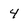
Character: 4